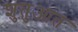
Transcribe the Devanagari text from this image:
शुतुआत